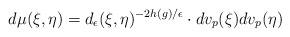
LaTeX: \begin{align*} d\mu(\xi,\eta)=d_\epsilon(\xi,\eta)^{-2h(g)/\epsilon}\cdot dv_p(\xi)dv_p(\eta)\end{align*}